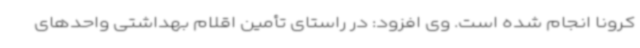
کرونا انجام شده است. وی افزود: در راستای تأمین اقلام بهداشتی واحدهای